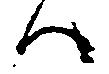
ハ